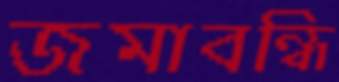
জমাবন্ধি